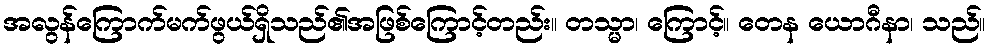
အလွန်ကြောက်မက်ဖွယ်ရှိသည်၏အဖြစ်ကြောင့်တည်း။ တသ္မာ၊ ကြောင့်။ တေန ယောဂီနာ၊ သည်။